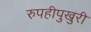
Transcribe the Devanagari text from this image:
रुपहीपुखुरी